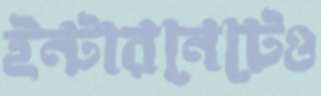
ইন্টারনেটেও